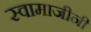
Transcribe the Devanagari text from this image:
स्वामाजीनी